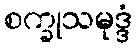
စက္ခုသမုဒ္ဒံ